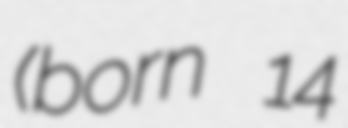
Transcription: (born 14